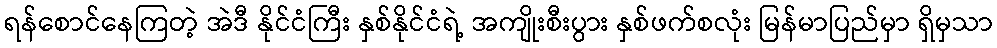
ရန်စောင်နေကြတဲ့ အဲဒီ နိုင်ငံကြီး နှစ်နိုင်ငံရဲ့ အကျိုးစီးပွား နှစ်ဖက်စလုံး မြန်မာပြည်မှာ ရှိမှသာ